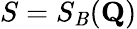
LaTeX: S=S_{\mathit{B}}(\mathbf{{Q}})